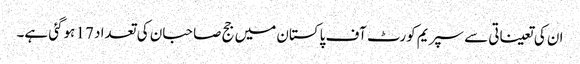
ان کی تعیناتی سے سپریم کورٹ آف پاکستان میں جج صاحبان کی تعداد 17 ہوگئی ہے۔